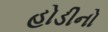
હોડીનો